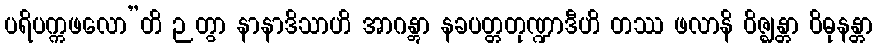
ပရိပက္ကဖလော”တိ ဉတွာ နာနာဒိသာဟိ အာဂန္တွာ နခပတ္တတုဏ္ဍာဒီဟိ တဿ ဖလာနိ ဝိဇ္ဈန္တာ ဝိဓုနန္တာ